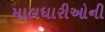
માલધારીઓની